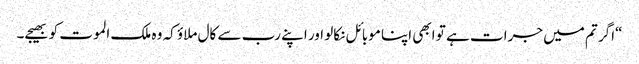
“اگر تم میں جرات ہے تو ابھی اپنا موبائل نکالو اور اپنے رب سے کال ملاؤ کہ وہ ملک الموت کو بھیجے۔